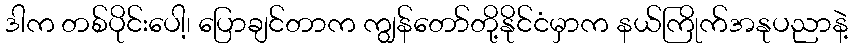
ဒါက တစ်ပိုင်းပေါ့၊ ပြောချင်တာက ကျွန်တော်တို့နိုင်ငံမှာက နယ်ကြိုက်အနုပညာနဲ့